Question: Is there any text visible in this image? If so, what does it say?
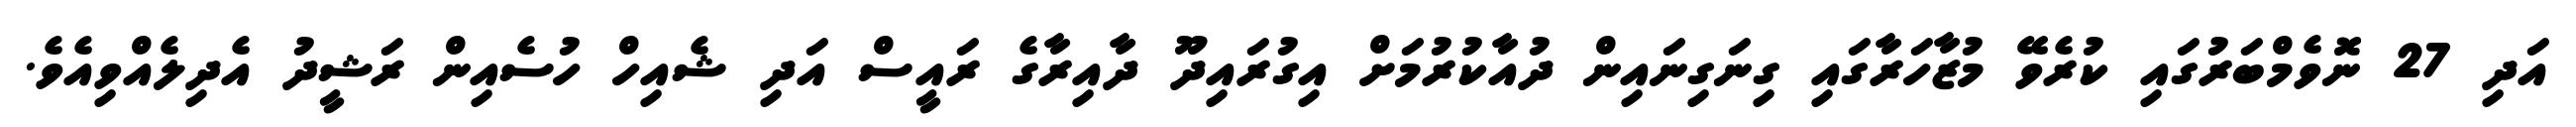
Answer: އަދި 27 ނޮވެމްބަރުގައި ކުރެވޭ މުޒާހަރާގައި ގިނަގިނައިން ދުއާކުރުމަށް އިގުރައިދޫ ދާއިރާގެ ރައީސް އަދި ޝެއިހް ހުސެއިން ރަޝީދު އެދިލެއްވިއެވެ.